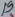
Text: 13